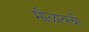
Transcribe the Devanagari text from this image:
मीळायची